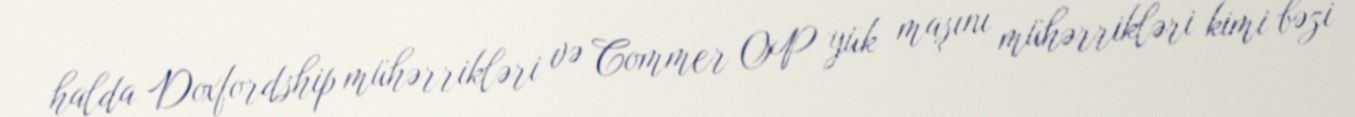
halda Doxfordship mühərrikləri və Commer OP yük maşını mühərrikləri kimi bəzi